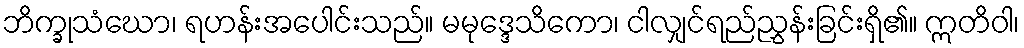
ဘိက္ခုသံဃော၊ ရဟန်းအပေါင်းသည်။ မမုဒ္ဒေသိကော၊ ငါလျှင်ရည်ညွှန်းခြင်းရှိ၏။ ဣတိဝါ၊